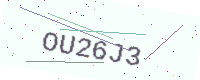
Text: OU26J3